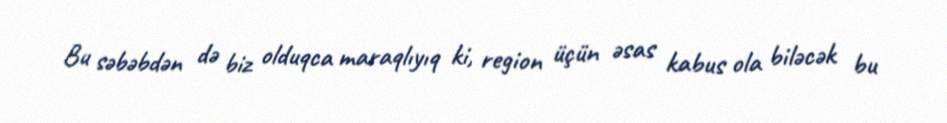
Bu səbəbdən də biz olduqca maraqlıyıq ki, region üçün əsas kabus ola biləcək bu